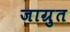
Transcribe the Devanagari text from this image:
जाग्रुत